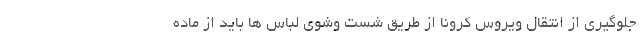
جلوگیری از انتقال ویروس کرونا از طریق شست وشوی لباس ها باید از ماده